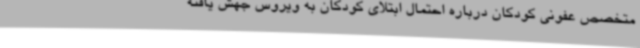
متخصص عفونی کودکان درباره احتمال ابتلای کودکان به ویروس جهش یافته